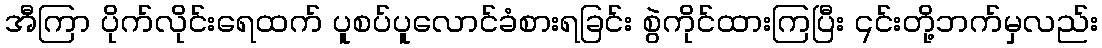
အီကြာ ပိုက်လိုင်းရေထက် ပူစပ်ပူလောင်ခံစားရခြင်း စွဲကိုင်ထားကြပြီး ၎င်းတို့ဘက်မှလည်း